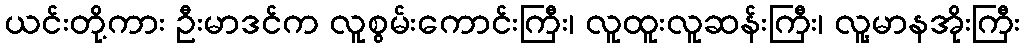
ယင်းတို့ကား ဦးမာဒင်က လူစွမ်းကောင်းကြီး၊ လူထူးလူဆန်းကြီး၊ လူ့မာနအိုးကြီး